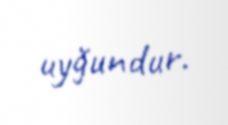
uyğundur.